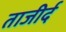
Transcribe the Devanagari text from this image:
ताजीर्द